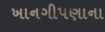
ખાનગીપણાના